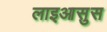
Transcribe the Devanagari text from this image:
लाइआसुस